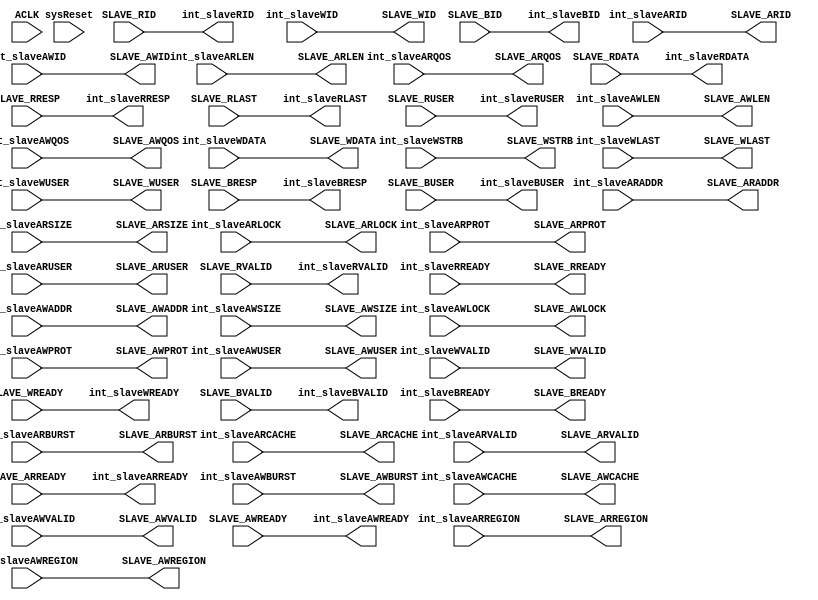
`timescale 1ns / 1ns
///////////////////////////////////////////////////////////////////////////////////////////////////
// Company: MICROSEMI
//
// IP Core: COREAXI4INTERCONNECT
//
//  Description  : The AMBA AXI4 Interconnect core connects one or more AXI memory-mapped master devices to one or
//                 more memory-mapped slave devices. The AMBA AXI protocol supports high-performance, high-frequency
//                 system designs.
//
//     Abstract  : This file provides data bus width conversion on Slave side.
//
//  COPYRIGHT 2017 BY MICROSEMI 
//  THE INFORMATION CONTAINED IN THIS DOCUMENT IS SUBJECT TO LICENSING RESTRICTIONS 
//  FROM MICROSEMI CORP.  IF YOU ARE NOT IN POSSESSION OF WRITTEN AUTHORIZATION FROM 
//  MICROSEMI FOR USE OF THIS FILE, THEN THE FILE SHOULD BE IMMEDIATELY DESTROYED AND 
//  NO BACK-UP OF THE FILE SHOULD BE MADE. 
//
//
/////////////////////////////////////////////////////////////////////////////////////////////////// 
`timescale 1ns / 1ns

module caxi4interconnect_SlvDataWidthConverter #

	(
		parameter integer 	NUM_SLAVES			= 4,			// defines number of slave ports
		parameter integer	SLAVE_DATA_WIDTH 	= 32,			// slave valid data widths - 32, 64, 128, 256
		parameter integer 	SLAVE_NUMBER		= 0,			//current slave
		parameter integer 	ADDR_WIDTH      	= 20,			// valid values - 16 - 64
		parameter integer 	DATA_WIDTH 			= 32,			// valid widths - 32, 64, 128, 256
		parameter OPEN_TRANS_MAX				= 2,				// max number of outstanding transactions per thread - valid range 1-8
		
		parameter [1:0] 	SLAVE_TYPE			= 2'b00,		// Protocol type = AXI4 - 2'b00, AXI4Lite - 2'b01, AXI3 - 2'b10
		
		parameter integer 	USER_WIDTH 			= 1,			// defines the number of bits for USER signals RUSER and WUSER
	
		parameter integer 	ID_WIDTH   			= 3,			// number of bits for ID (ie AID, WID, BID) - valid 1-8 
		
	    parameter [NUM_SLAVES-1:0]		SLAVE_AWCHAN_RS	= { NUM_SLAVES{1'b1} },		// 0 - no AWCHAN register slice, 1 - AWCHAN register slice inserted
	    parameter [NUM_SLAVES-1:0]		SLAVE_ARCHAN_RS	= { NUM_SLAVES{1'b1} },		// 0 - no ARCHAN register slice, 1 - ARCHAN register slice inserted
	    parameter [NUM_SLAVES-1:0]		SLAVE_WCHAN_RS	= { NUM_SLAVES{1'b1} },		// 0 - no WCHAN register slice, 1 - WCHAN register slice inserted
	    parameter [NUM_SLAVES-1:0]		SLAVE_RCHAN_RS	= { NUM_SLAVES{1'b1} },	// 0 - no RCHAN register slice, 1 - RCHAN register slice inserted
	    parameter [NUM_SLAVES-1:0]		SLAVE_BCHAN_RS	= { NUM_SLAVES{1'b1} },		// 0 - no BCHAN register slice, 1 - BCHAN register slice inserted
	    parameter [13:0] DATA_FIFO_DEPTH = 14'h10,
        parameter integer DWC_ADDR_FIFO_DEPTH_CEILING = 'h10,
	    parameter         READ_INTERLEAVE             = 1,
		parameter         NUM_THREADS                 = 4 
	
	)
	(

	//=====================================  Global Signals   ========================================================================
	input  wire           			ACLK,
	input  wire          			sysReset,
  //XBar side signals
	input wire [ID_WIDTH-1:0] 		int_slaveARID,
	input wire [ADDR_WIDTH-1:0]		int_slaveARADDR,
	input wire [7:0]        		int_slaveARLEN,
	input wire [2:0]          		int_slaveARSIZE,
	input wire [1:0]          		int_slaveARBURST,
	input wire [1:0]          		int_slaveARLOCK,
	input wire [3:0]           		int_slaveARCACHE,
	input wire [2:0]         		int_slaveARPROT,
	input wire [3:0]          		int_slaveARREGION,
	input wire [3:0]          		int_slaveARQOS,
	input wire [USER_WIDTH-1:0]		int_slaveARUSER,
	input wire            			int_slaveARVALID,
	output wire             			int_slaveARREADY,

	// Slave Read Data Ports	
	output wire [ID_WIDTH-1:0]   	int_slaveRID,
	output wire [DATA_WIDTH-1:0]	int_slaveRDATA,
	output wire [1:0]           	int_slaveRRESP,
	output wire                		int_slaveRLAST,
	output wire [USER_WIDTH-1:0] 	int_slaveRUSER,
	output wire                 	int_slaveRVALID,
	input wire               		int_slaveRREADY,

	// Slave Write Address Ports	
	input wire [ID_WIDTH-1:0]  		int_slaveAWID,
	input wire [ADDR_WIDTH-1:0] 	int_slaveAWADDR,
	input wire [7:0]           		int_slaveAWLEN,
	input wire [2:0]           		int_slaveAWSIZE,
	input wire [1:0]           		int_slaveAWBURST,
	input wire [1:0]           		int_slaveAWLOCK,
	input wire [3:0]          		int_slaveAWCACHE,
	input wire [2:0]           		int_slaveAWPROT,
	input wire [3:0]            	int_slaveAWREGION,
	input wire [3:0]           		int_slaveAWQOS,
	input wire [USER_WIDTH-1:0]   	int_slaveAWUSER,
	input wire                 		int_slaveAWVALID,
	output wire                		int_slaveAWREADY,
	
	// Slave Write Data Ports	
	input wire [ID_WIDTH-1:0]  	    int_slaveWID,
	input wire [DATA_WIDTH-1:0]  	int_slaveWDATA,
	input wire [(DATA_WIDTH/8)-1:0]	int_slaveWSTRB,
	input wire                  	int_slaveWLAST,
	input wire [USER_WIDTH-1:0] 	int_slaveWUSER,
	input wire                  	int_slaveWVALID,
	output wire                   	int_slaveWREADY,
			
	// Slave Write Response Ports	
	output  wire [ID_WIDTH-1:0]		int_slaveBID,
	output  wire [1:0]           	int_slaveBRESP,
	output  wire [USER_WIDTH-1:0] 	int_slaveBUSER,
	output  wire      				int_slaveBVALID,
	input wire						int_slaveBREADY,

	//================================================= Slave Side Ports  ================================================//

	// Slave Read Address Ports	
	output  wire [ID_WIDTH-1:0]  	SLAVE_ARID,
	output  wire [ADDR_WIDTH-1:0]	SLAVE_ARADDR,
	output  wire [7:0]           	SLAVE_ARLEN,
	output  wire [2:0]        		SLAVE_ARSIZE,
	output  wire [1:0]           	SLAVE_ARBURST,
	output  wire [1:0]         		SLAVE_ARLOCK,
	output  wire [3:0]          	SLAVE_ARCACHE,
	output  wire [2:0]         		SLAVE_ARPROT,
	output  wire [3:0]          	SLAVE_ARREGION,
	output  wire [3:0]          	SLAVE_ARQOS,
	output  wire [USER_WIDTH-1:0]	SLAVE_ARUSER,
	output  wire                	SLAVE_ARVALID,
	input wire                		SLAVE_ARREADY,
	
	// Slave Read Data Ports	
	input wire [ID_WIDTH-1:0]  		SLAVE_RID,
	input wire [SLAVE_DATA_WIDTH-1:0]  	SLAVE_RDATA,
	input wire [1:0]           		SLAVE_RRESP,
	input wire                  	SLAVE_RLAST,
	input wire [USER_WIDTH-1:0] 	SLAVE_RUSER,
	input wire               		SLAVE_RVALID,
	output wire                 	SLAVE_RREADY,
	
	// Slave Write Address Ports	
	output  wire [ID_WIDTH-1:0]   	SLAVE_AWID,
	output  wire [ADDR_WIDTH-1:0] 	SLAVE_AWADDR,
	output  wire [7:0]           	SLAVE_AWLEN,
	output  wire [2:0]           	SLAVE_AWSIZE,
	output  wire [1:0]           	SLAVE_AWBURST,
	output  wire [1:0]            	SLAVE_AWLOCK,
	output  wire [3:0]          	SLAVE_AWCACHE,
	output  wire [2:0]           	SLAVE_AWPROT,
	output  wire [3:0]           	SLAVE_AWREGION,
	output  wire [3:0]           	SLAVE_AWQOS,
	output  wire [USER_WIDTH-1:0] 	SLAVE_AWUSER,
	output  wire                  	SLAVE_AWVALID,
	input wire                		SLAVE_AWREADY,
	
	// Slave Write Data Ports	
	output wire [ID_WIDTH-1:0]      SLAVE_WID,
	output wire [SLAVE_DATA_WIDTH-1:0]   	SLAVE_WDATA,
	output wire [(SLAVE_DATA_WIDTH/8)-1:0] SLAVE_WSTRB,
	output wire                   	SLAVE_WLAST,
	output wire [USER_WIDTH-1:0] 	SLAVE_WUSER,
	output wire                  	SLAVE_WVALID,
	input wire                  	SLAVE_WREADY,
	
	// Slave Write Response Ports	
	input wire [ID_WIDTH-1:0]		SLAVE_BID,
	input wire [1:0]           		SLAVE_BRESP,
	input wire [USER_WIDTH-1:0]  	SLAVE_BUSER,
	input wire      				SLAVE_BVALID,
	output wire						SLAVE_BREADY

	);


generate
	if ( SLAVE_DATA_WIDTH == DATA_WIDTH) 		// Slave data width == AXI4 xBar data width => direct connection
		begin
			//====================================== ASSIGNEMENTS =================================================
					//from crossbar to Slave
			assign SLAVE_AWID =	int_slaveAWID;
			assign SLAVE_AWADDR = int_slaveAWADDR;
			assign SLAVE_AWLEN = int_slaveAWLEN;
			assign SLAVE_AWSIZE = int_slaveAWSIZE;
			assign SLAVE_AWBURST = int_slaveAWBURST;	
			assign SLAVE_AWLOCK = int_slaveAWLOCK;
			assign SLAVE_AWCACHE = int_slaveAWCACHE;	
			assign SLAVE_AWPROT = int_slaveAWPROT;
			assign SLAVE_AWREGION = int_slaveAWREGION;
			assign SLAVE_AWQOS = int_slaveAWQOS;
			assign SLAVE_AWUSER = int_slaveAWUSER;
			assign SLAVE_AWVALID = int_slaveAWVALID;	
			assign SLAVE_WID   = int_slaveWID;
			assign SLAVE_WDATA = int_slaveWDATA;
			assign SLAVE_WSTRB = int_slaveWSTRB;
			assign SLAVE_WLAST = int_slaveWLAST;
			assign SLAVE_WUSER = int_slaveWUSER;
			assign SLAVE_WVALID = int_slaveWVALID;
			assign SLAVE_BREADY = int_slaveBREADY;
			assign SLAVE_ARID = int_slaveARID;
			assign SLAVE_ARADDR = int_slaveARADDR;
			assign SLAVE_ARLEN = int_slaveARLEN;
			assign SLAVE_ARSIZE = int_slaveARSIZE;
			assign SLAVE_ARBURST = int_slaveARBURST;	
			assign SLAVE_ARLOCK = int_slaveARLOCK;
			assign SLAVE_ARCACHE = int_slaveARCACHE;	
			assign SLAVE_ARPROT = int_slaveARPROT;
			assign SLAVE_ARREGION = int_slaveARREGION;
			assign SLAVE_ARQOS = int_slaveARQOS;
			assign SLAVE_ARUSER = int_slaveARUSER;
			assign SLAVE_ARVALID = int_slaveARVALID;	
			assign SLAVE_RREADY = int_slaveRREADY;
			//			
			//from		Slave to crossbar	
			assign int_slaveAWREADY = SLAVE_AWREADY;	
			assign int_slaveWREADY = SLAVE_WREADY;
			assign int_slaveBID = SLAVE_BID;
			assign int_slaveBRESP =	SLAVE_BRESP;
			assign int_slaveBUSER =	SLAVE_BUSER;
			assign int_slaveBVALID = SLAVE_BVALID;	
			assign int_slaveARREADY = SLAVE_ARREADY;	
						
			assign int_slaveRID = SLAVE_RID;
			assign int_slaveRDATA =	SLAVE_RDATA;
			assign int_slaveRRESP =	SLAVE_RRESP;
			assign int_slaveRLAST =	SLAVE_RLAST;
			assign int_slaveRUSER =	SLAVE_RUSER;
			assign int_slaveRVALID = SLAVE_RVALID;	

		end
	else if ( SLAVE_DATA_WIDTH > DATA_WIDTH) 		// upscale
		begin
	                       //localparam WRITE_ADDR_FIFO_EST = (OPEN_TRANS_MAX > 2) ? 2*OPEN_TRANS_MAX : 4; // Minimum caxi4interconnect_FIFO depth is 4, else twice OPEN_TRAND_MAX as we need 2 cmd caxi4interconnect_FIFO locations for most wraps

	                       //localparam READ_ADDR_FIFO_EST = (OPEN_TRANS_MAX > 4) ? OPEN_TRANS_MAX : 4; // Minimum caxi4interconnect_FIFO depth is 4, else twice OPEN_TRAND_MAX as we need 2 cmd caxi4interconnect_FIFO locations for most wraps

	                       localparam WRITE_ADDR_FIFO_EST = 2*OPEN_TRANS_MAX*NUM_THREADS; // Minimum caxi4interconnect_FIFO depth is 4, else twice OPEN_TRAND_MAX as we need 2 cmd caxi4interconnect_FIFO locations for most wraps

	                       localparam READ_ADDR_FIFO_EST  = 2*OPEN_TRANS_MAX*NUM_THREADS; // Minimum caxi4interconnect_FIFO depth is 4, else twice OPEN_TRAND_MAX as we need 2 cmd caxi4interconnect_FIFO locations for most wraps
						   
	                       localparam WRITE_ADDR_FIFO_DEPTH = (WRITE_ADDR_FIFO_EST > DWC_ADDR_FIFO_DEPTH_CEILING) ?  DWC_ADDR_FIFO_DEPTH_CEILING: WRITE_ADDR_FIFO_EST;

	                       localparam READ_ADDR_FIFO_DEPTH = (READ_ADDR_FIFO_EST > DWC_ADDR_FIFO_DEPTH_CEILING) ?  DWC_ADDR_FIFO_DEPTH_CEILING: READ_ADDR_FIFO_EST;


			caxi4interconnect_UpConverter #
					(
						.ID_WIDTH ( ID_WIDTH ), 	
						.ADDR_WIDTH( ADDR_WIDTH ),						
						.DATA_WIDTH( DATA_WIDTH ), 
						.WRITE_ADDR_FIFO_DEPTH ( WRITE_ADDR_FIFO_DEPTH ),
						.READ_ADDR_FIFO_DEPTH ( READ_ADDR_FIFO_DEPTH ),
						.DATA_WIDTH_IN 	( DATA_WIDTH ),
						.DATA_WIDTH_OUT ( SLAVE_DATA_WIDTH ),
						.USER_WIDTH( USER_WIDTH ),
						.DATA_FIFO_DEPTH ( DATA_FIFO_DEPTH ),
						.READ_INTERLEAVE (READ_INTERLEAVE)
					)
			SlvUpConv (
						// Global Signals
						.ACLK( ACLK ),
						.sysReset( sysReset ),				
	   
						// Master Read Address Ports
						.MASTER_ARID		( int_slaveARID ),
						.MASTER_ARADDR		( int_slaveARADDR ),
						.MASTER_ARLEN		( int_slaveARLEN ),
						.MASTER_ARSIZE		( int_slaveARSIZE ),
						.MASTER_ARBURST		( int_slaveARBURST ),
						.MASTER_ARLOCK		( int_slaveARLOCK ),
						.MASTER_ARCACHE		( int_slaveARCACHE ),
						.MASTER_ARPROT		( int_slaveARPROT ),
						.MASTER_ARREGION	( int_slaveARREGION ),
						.MASTER_ARQOS		( int_slaveARQOS ),
						.MASTER_ARUSER		( int_slaveARUSER ),
						.MASTER_ARVALID		( int_slaveARVALID ),
						.MASTER_AWQOS		( int_slaveAWQOS ),
						.MASTER_AWREGION	( int_slaveAWREGION ),
						.MASTER_AWID		( int_slaveAWID ),
						.MASTER_AWADDR		( int_slaveAWADDR ),
						.MASTER_AWLEN		( int_slaveAWLEN ),
						.MASTER_AWSIZE		( int_slaveAWSIZE ),
						.MASTER_AWBURST		( int_slaveAWBURST ),
						.MASTER_AWLOCK		( int_slaveAWLOCK ),
						.MASTER_AWCACHE		( int_slaveAWCACHE ),
						.MASTER_AWPROT		( int_slaveAWPROT ),
						.MASTER_AWUSER		( int_slaveAWUSER ),
						.MASTER_AWVALID		( int_slaveAWVALID ),
						.MASTER_WID         ( int_slaveWID   ),
						.MASTER_WDATA		( int_slaveWDATA ),
						.MASTER_WSTRB		( int_slaveWSTRB ),
						.MASTER_WLAST		( int_slaveWLAST ),
						.MASTER_WUSER		( int_slaveWUSER ),
						.MASTER_WVALID		( int_slaveWVALID ),
						.MASTER_BREADY		( int_slaveBREADY ),
						.MASTER_RREADY		( int_slaveRREADY ),
						.MASTER_ARREADY 	( int_slaveARREADY),
						.MASTER_RID 		( int_slaveRID ),
						.MASTER_RDATA 		( int_slaveRDATA ),
						.MASTER_RRESP 		( int_slaveRRESP ),
						.MASTER_RUSER 		( int_slaveRUSER ),
						.MASTER_BID 		( int_slaveBID ),
						.MASTER_BRESP 		( int_slaveBRESP ),
						.MASTER_BUSER 		( int_slaveBUSER ),
						.MASTER_RLAST 		( int_slaveRLAST ),
						.MASTER_RVALID 		( int_slaveRVALID ),
						.MASTER_AWREADY 	( int_slaveAWREADY ),
						.MASTER_WREADY 		( int_slaveWREADY ),
						.MASTER_BVALID 		( int_slaveBVALID ),
						
						.SLAVE_ARID			( SLAVE_ARID ),
						.SLAVE_ARADDR		( SLAVE_ARADDR ),
						.SLAVE_ARLEN		( SLAVE_ARLEN ),
						.SLAVE_ARSIZE		( SLAVE_ARSIZE ),
						.SLAVE_ARBURST		( SLAVE_ARBURST ),
						.SLAVE_ARLOCK		( SLAVE_ARLOCK ),
						.SLAVE_ARCACHE		( SLAVE_ARCACHE ),
						.SLAVE_ARPROT		( SLAVE_ARPROT ),
						.SLAVE_ARREGION		( SLAVE_ARREGION ),
						.SLAVE_ARQOS		( SLAVE_ARQOS ),
						.SLAVE_ARUSER		( SLAVE_ARUSER ),
						.SLAVE_ARVALID		( SLAVE_ARVALID ),
						.SLAVE_AWQOS		( SLAVE_AWQOS ),
						.SLAVE_AWREGION		( SLAVE_AWREGION ),
						.SLAVE_AWID			( SLAVE_AWID ),
						.SLAVE_AWADDR		( SLAVE_AWADDR ),
						.SLAVE_AWLEN		( SLAVE_AWLEN ),
						.SLAVE_AWSIZE		( SLAVE_AWSIZE ),
						.SLAVE_AWBURST		( SLAVE_AWBURST ),
						.SLAVE_AWLOCK		( SLAVE_AWLOCK ),
						.SLAVE_AWCACHE		( SLAVE_AWCACHE ),
						.SLAVE_AWPROT		( SLAVE_AWPROT ),
						.SLAVE_AWUSER		( SLAVE_AWUSER ),
						.SLAVE_AWVALID		( SLAVE_AWVALID ),
						.SLAVE_WID          ( SLAVE_WID   ),
						.SLAVE_WDATA		( SLAVE_WDATA ),
						.SLAVE_WSTRB		( SLAVE_WSTRB ),
						.SLAVE_WLAST		( SLAVE_WLAST ),
						.SLAVE_WUSER		( SLAVE_WUSER ),
						.SLAVE_WVALID		( SLAVE_WVALID ),
						.SLAVE_BREADY		( SLAVE_BREADY ),
						.SLAVE_RREADY		( SLAVE_RREADY ),
						.SLAVE_ARREADY 		( SLAVE_ARREADY ),
						.SLAVE_RID 			( SLAVE_RID ),
						.SLAVE_RDATA 		( SLAVE_RDATA ),
						.SLAVE_RRESP 		( SLAVE_RRESP ),
						.SLAVE_RUSER 		( SLAVE_RUSER ),
						.SLAVE_BID 			( SLAVE_BID ),
						.SLAVE_BRESP 		( SLAVE_BRESP ),
						.SLAVE_BUSER 		( SLAVE_BUSER ),
						.SLAVE_RLAST 		( SLAVE_RLAST ),
						.SLAVE_RVALID 		( SLAVE_RVALID ),
						.SLAVE_AWREADY 		( SLAVE_AWREADY ),
						.SLAVE_WREADY 		( SLAVE_WREADY ),
						.SLAVE_BVALID 		( SLAVE_BVALID )

					); 
		end
	else if (DATA_WIDTH > SLAVE_DATA_WIDTH) 		// down-scale
		begin

                               localparam DOWNCONV_RATIO = DATA_WIDTH/SLAVE_DATA_WIDTH;

	                       localparam ADDR_FIFO_EST = ((OPEN_TRANS_MAX*DOWNCONV_RATIO) > 4) ? 
					( (DOWNCONV_RATIO > 4) ? 4*OPEN_TRANS_MAX : (DOWNCONV_RATIO*OPEN_TRANS_MAX)) 
					: 4; // Minimum caxi4interconnect_FIFO depth is 4, else twice OPEN_TRAND_MAX as we need 2 cmd caxi4interconnect_FIFO locations for most wraps
	                       localparam ADDR_FIFO_DEPTH = (ADDR_FIFO_EST > DWC_ADDR_FIFO_DEPTH_CEILING) ?  DWC_ADDR_FIFO_DEPTH_CEILING: ADDR_FIFO_EST;

	caxi4interconnect_DownConverter #
			(
							.ID_WIDTH ( ID_WIDTH ), 	
							.ADDR_WIDTH( ADDR_WIDTH ),	
							.ADDR_FIFO_DEPTH( ADDR_FIFO_DEPTH ),
							.DATA_WIDTH_IN 	( DATA_WIDTH ),
							.DATA_WIDTH_OUT ( SLAVE_DATA_WIDTH ),
							.STRB_WIDTH_IN 	( DATA_WIDTH/8 ),
							.STRB_WIDTH_OUT ( SLAVE_DATA_WIDTH/8 ),
							.USER_WIDTH( USER_WIDTH ),
							.READ_INTERLEAVE (READ_INTERLEAVE)
						)
	DownConverter_inst( .MASTER_ARADDR(int_slaveARADDR),
                             .MASTER_ARBURST(int_slaveARBURST),
                             .MASTER_ARCACHE(int_slaveARCACHE),
                             .MASTER_ARID(int_slaveARID),
                             .MASTER_ARLEN(int_slaveARLEN),
                             .MASTER_ARLOCK(int_slaveARLOCK),
                             .MASTER_ARPROT(int_slaveARPROT),
                             .MASTER_ARQOS(int_slaveARQOS),
                             .MASTER_ARREADY(int_slaveARREADY),
                             .MASTER_ARREGION(int_slaveARREGION),
                             .MASTER_ARSIZE(int_slaveARSIZE),
                             .MASTER_ARUSER(int_slaveARUSER),
                             .MASTER_ARVALID(int_slaveARVALID),
                             .MASTER_RDATA(int_slaveRDATA),
                             .MASTER_RID(int_slaveRID),
                             .MASTER_RLAST(int_slaveRLAST),
                             .MASTER_RREADY(int_slaveRREADY),
                             .MASTER_RRESP(int_slaveRRESP),
                             .MASTER_RUSER(int_slaveRUSER),
                             .MASTER_RVALID(int_slaveRVALID),
                             .MASTER_AWADDR(int_slaveAWADDR),
                             .MASTER_AWBURST(int_slaveAWBURST),
                             .MASTER_AWCACHE(int_slaveAWCACHE),
                             .MASTER_AWID(int_slaveAWID),
                             .MASTER_AWLEN(int_slaveAWLEN),
                             .MASTER_AWLOCK(int_slaveAWLOCK),
                             .MASTER_AWPROT(int_slaveAWPROT),
                             .MASTER_AWQOS(int_slaveAWQOS),
                             .MASTER_AWREADY(int_slaveAWREADY),
                             .MASTER_AWREGION(int_slaveAWREGION),
                             .MASTER_AWSIZE(int_slaveAWSIZE),
                             .MASTER_AWUSER(int_slaveAWUSER),
                             .MASTER_AWVALID(int_slaveAWVALID),
                             .MASTER_WID(int_slaveWID),
                             .MASTER_WDATA(int_slaveWDATA),
                             .MASTER_WLAST(int_slaveWLAST),
                             .MASTER_WREADY(int_slaveWREADY),
                             .MASTER_WSTRB(int_slaveWSTRB),
                             .MASTER_WUSER(int_slaveWUSER),
                             .MASTER_WVALID(int_slaveWVALID),
                             .MASTER_BID(int_slaveBID),
                             .MASTER_BREADY(int_slaveBREADY),
                             .MASTER_BRESP(int_slaveBRESP),
                             .MASTER_BUSER(int_slaveBUSER),
                             .MASTER_BVALID(int_slaveBVALID),
                             .ACLK(ACLK),
                             .sysReset(sysReset),
                             .SLAVE_BID(SLAVE_BID),
                             .SLAVE_BREADY(SLAVE_BREADY),
                             .SLAVE_BRESP(SLAVE_BRESP),
                             .SLAVE_BUSER(SLAVE_BUSER),
                             .SLAVE_BVALID(SLAVE_BVALID),
                             .SLAVE_ARADDR(SLAVE_ARADDR),
                             .SLAVE_ARBURST(SLAVE_ARBURST),
                             .SLAVE_ARCACHE(SLAVE_ARCACHE),
                             .SLAVE_ARID(SLAVE_ARID),
                             .SLAVE_ARLEN(SLAVE_ARLEN),
                             .SLAVE_ARLOCK(SLAVE_ARLOCK),
                             .SLAVE_ARPROT(SLAVE_ARPROT),
                             .SLAVE_ARQOS(SLAVE_ARQOS),
                             .SLAVE_ARREADY(SLAVE_ARREADY),
                             .SLAVE_ARREGION(SLAVE_ARREGION),
                             .SLAVE_ARSIZE(SLAVE_ARSIZE),
                             .SLAVE_ARUSER(SLAVE_ARUSER),
                             .SLAVE_ARVALID(SLAVE_ARVALID),
                             .SLAVE_AWADDR(SLAVE_AWADDR),
                             .SLAVE_AWBURST(SLAVE_AWBURST),
                             .SLAVE_AWCACHE(SLAVE_AWCACHE),
                             .SLAVE_AWID(SLAVE_AWID),
                             .SLAVE_AWLEN(SLAVE_AWLEN),
                             .SLAVE_AWLOCK(SLAVE_AWLOCK),
                             .SLAVE_AWPROT(SLAVE_AWPROT),
                             .SLAVE_AWQOS(SLAVE_AWQOS),
                             .SLAVE_AWREADY(SLAVE_AWREADY),
                             .SLAVE_AWREGION(SLAVE_AWREGION),
                             .SLAVE_AWSIZE(SLAVE_AWSIZE),
                             .SLAVE_AWUSER(SLAVE_AWUSER),
                             .SLAVE_AWVALID(SLAVE_AWVALID),
                             .SLAVE_RDATA(SLAVE_RDATA),
                             .SLAVE_RID(SLAVE_RID),
                             .SLAVE_RLAST(SLAVE_RLAST),
                             .SLAVE_RREADY(SLAVE_RREADY),
                             .SLAVE_RRESP(SLAVE_RRESP),
                             .SLAVE_RUSER(SLAVE_RUSER),
                             .SLAVE_RVALID(SLAVE_RVALID),
                             .SLAVE_WID(SLAVE_WID),
                             .SLAVE_WDATA(SLAVE_WDATA),
                             .SLAVE_WLAST(SLAVE_WLAST),
                             .SLAVE_WREADY(SLAVE_WREADY),
                             .SLAVE_WSTRB(SLAVE_WSTRB),
                             .SLAVE_WUSER(SLAVE_WUSER),
                             .SLAVE_WVALID(SLAVE_WVALID)
		     );			
		end
	else
		begin
			initial 
				begin
					#1 $display("\n\n Module has called for an unsupported data width conversion : %m\n\n" );
					$stop;
				end
		end
		
endgenerate


endmodule 	// caxi4interconnect_SlvDataWidthConverter.v